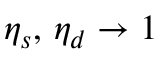
\eta _ { s } , \, \eta _ { d } \rightarrow 1